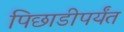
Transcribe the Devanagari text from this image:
पिछाडीपर्यंत